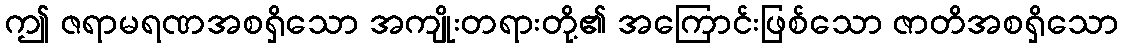
ဤ ဇရာမရဏအစရှိသော အကျိုးတရားတို့၏ အကြောင်းဖြစ်သော ဇာတိအစရှိသော